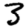
Digit: 3